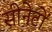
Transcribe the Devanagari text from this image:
सीनेटों